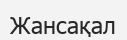
Жансақал